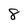
Character: 8